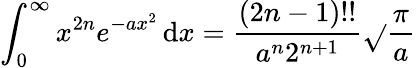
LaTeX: \int_{0}^{\infty}x^{2n}e^{-ax^{2}}\, \mathrm{d}x={\frac{{(2n-1)!!}}{{a^{n}2^{n+1}}}}{\sqrt{}{{\frac{{\pi}}{{a}}}}}